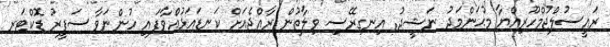
ރައީސުލްޖުމްހޫރިއްޔާ މުޙަންމަދު ނަޝީދު